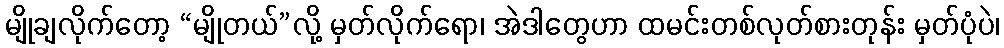
မျိုချလိုက်တော့ “မျိုတယ်”လို့ မှတ်လိုက်ရော၊ အဲဒါတွေဟာ ထမင်းတစ်လုတ်စားတုန်း မှတ်ပုံပဲ၊